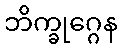
ဘိက္ခုဂ္ဂေန